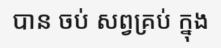
បាន ចប់ សព្វគ្រប់ ក្នុង